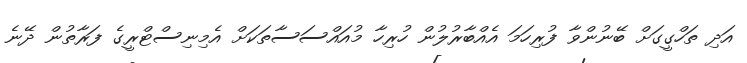
އަދި ތަހްގީގަށް ބޭނުންވާ ފުރިހަމަ އެއްބާރުލުން ހުރިހާ މުއައްސަސާތަކަށް އެމިނިސްޓްރީގެ ފަރާތުން ދޭނެ